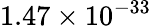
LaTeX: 1.47\times 10^{-33}